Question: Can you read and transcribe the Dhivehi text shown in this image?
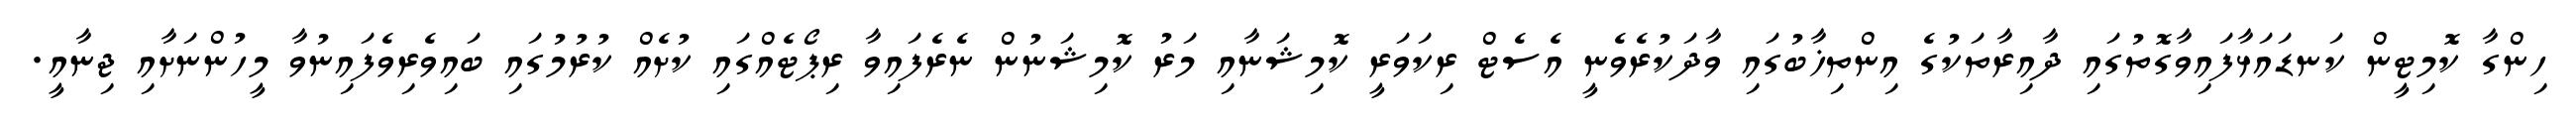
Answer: ހިންގާ ކޮމިޓީން ކަނޑައަޅާފައިވާގޮތުގައި ދާއިރާތަކުގެ އިންތިޚާބުގައި ވާދަކުރެވެނީ އެސެޓް ރިކަވަރީ ކޮމިޝަނާއި މަރު ކޮމިޝަނުން ނެރެފައިވާ ރިޕޯޓެއްގައި ކުށެއް ކުރުމުގައި ބައިވެރިވެފައިނުވާ މީހުންނަށާއި ޖިނާއީ.